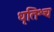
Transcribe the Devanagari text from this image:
धृतिश्च